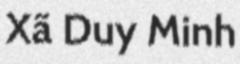
Xã Duy Minh